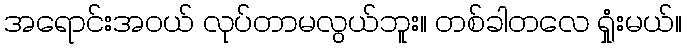
အရောင်းအဝယ် လုပ်တာမလွယ်ဘူး။ တစ်ခါတလေ ရှုံးမယ်။